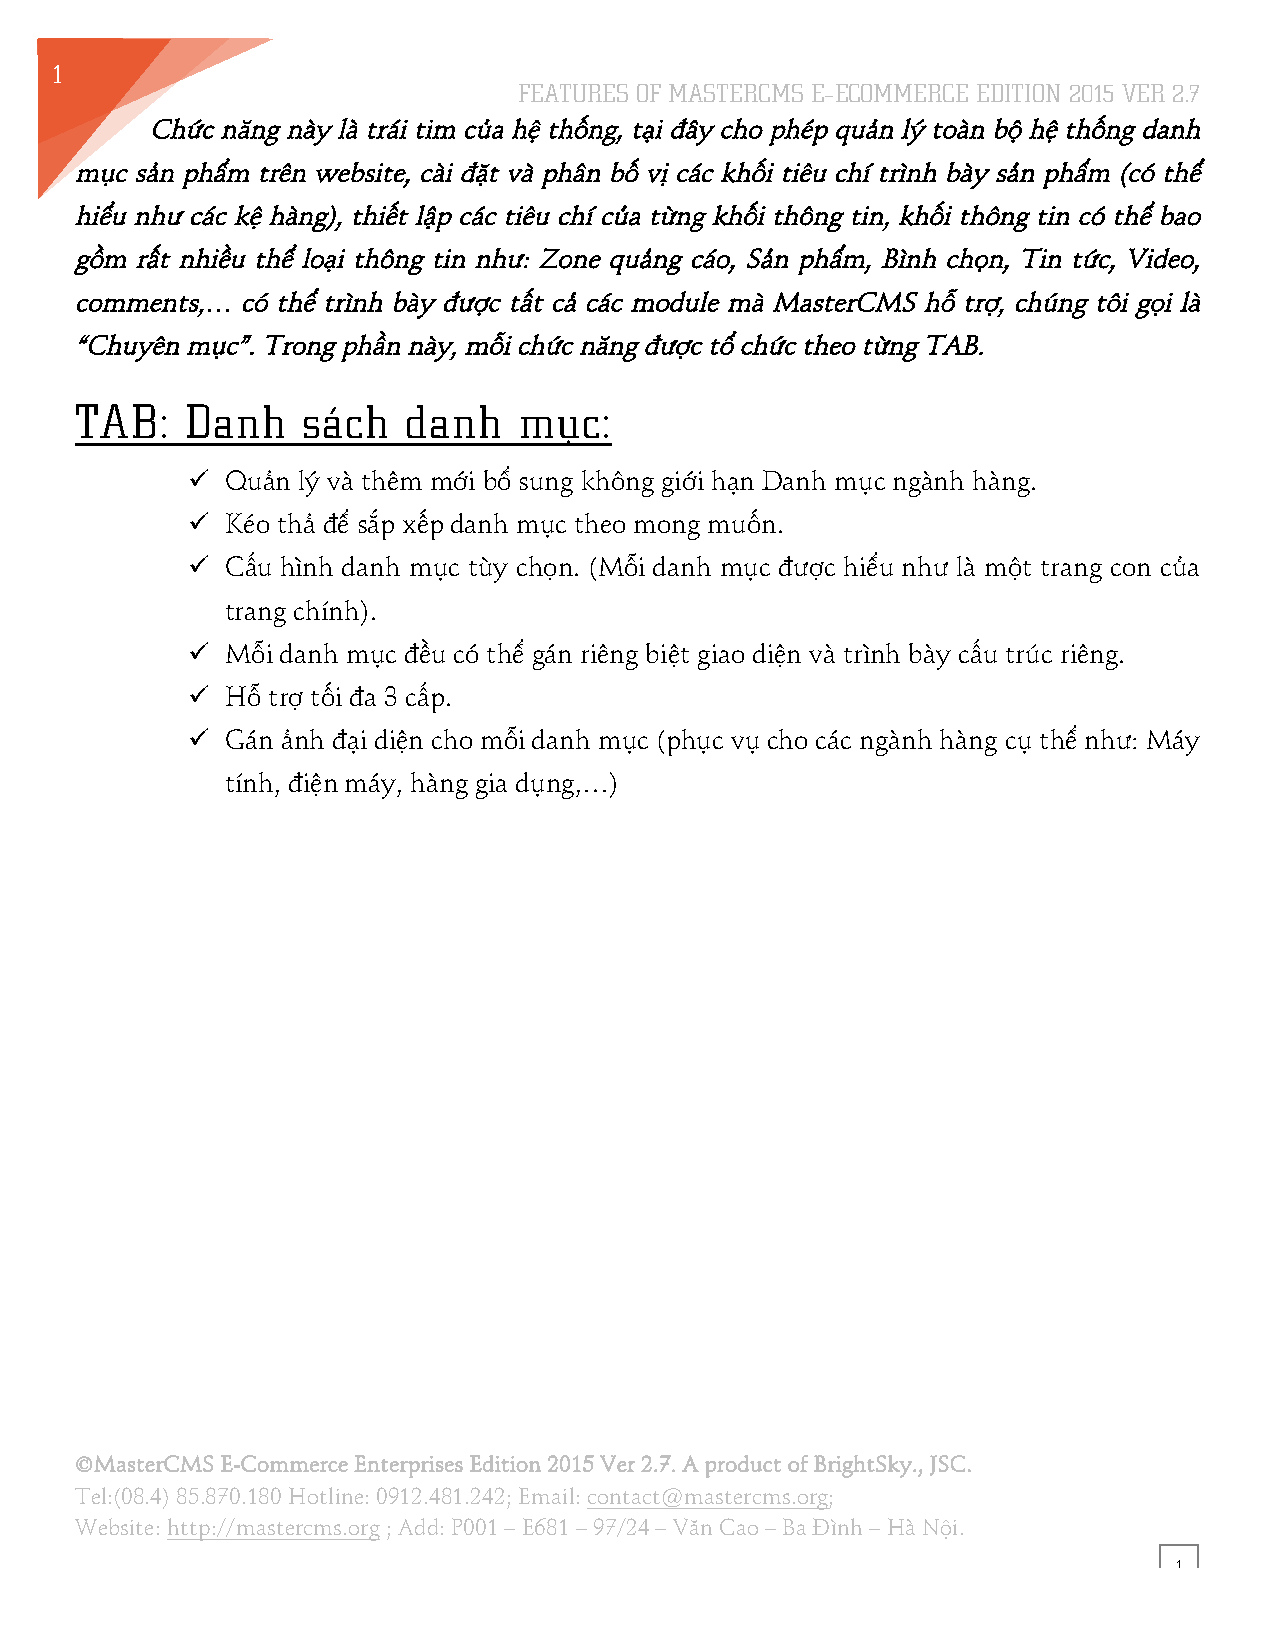
1
 FEATURES OF MASTERCMS E–ECOMMERCE EDITION 2015 VER 2.7
 2
 Chức năng này là trái tim của hệ thống, tại đây cho phép quản lý toàn bộ hệ thống danh
 mục sản phẩm trên website, cài đặt và phân bố vị các khối tiêu chí trình bày sản phẩm (có thể
 hiểu như các kệ hàng), thiết lập các tiêu chí của từng khối thông tin, khối thông tin có thể bao
 gồm rất nhiều thể loại thông tin như: Zone quảng cáo, Sản phẩm, Bình chọn, Tin tức, Video,
 comments,… có thể trình bày được tất cả các module mà MasterCMS hỗ trợ, chúng tôi gọi là
 “Chuyên mục”. Trong phần này, mỗi chức năng được tổ chức theo từng TAB.
 TAB:   Danh    sách   danh   mục:
 !! Quản lý và thêm mới bổ sung không giới hạn Danh mục ngành hàng.
 !! Kéo thả để sắp xếp danh mục theo mong muốn.
 !! Cấu hình danh mục tùy chọn. (Mỗi danh mục được hiểu như là một trang con của
 trang chính).
 !! Mỗi danh mục đều có thể gán riêng biệt giao diện và trình bày cấu trúc riêng.
 !! Hỗ trợ tối đa 3 cấp.
 !! Gán ảnh đại diện cho mỗi danh mục (phục vụ cho các ngành hàng cụ thể như: Máy
 tính, điện máy, hàng gia dụng,…)
 ©MasterCMS E-Commerce Enterprises Edition 2015 Ver 2.7. A product of BrightSky., JSC.
 Tel:(08.4) 85.870.180 Hotline: 0912.481.242; Email: contact@mastercms.org;
 Website: http://mastercms.org ; Add: P001 – E681 – 97/24 – Văn Cao – Ba Đình – Hà Nội.
 1